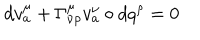
d v _ { a } ^ { \mu } + \Gamma _ { \nu \rho } ^ { \mu } v _ { a } ^ { \nu } \circ d q ^ { \rho } = 0